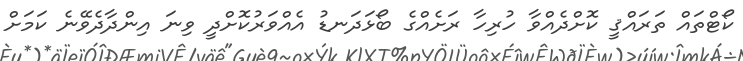
ކޯޓްތައް ތަރައްޤީ ކޮށްދެއްވާ ހުރިހާ ރަށެއްގެ ބޯޅަދަނޑު އެއްވަރުކޮށްދީ ވިނަ އިންދާދެވޭނެ ކަމަށް